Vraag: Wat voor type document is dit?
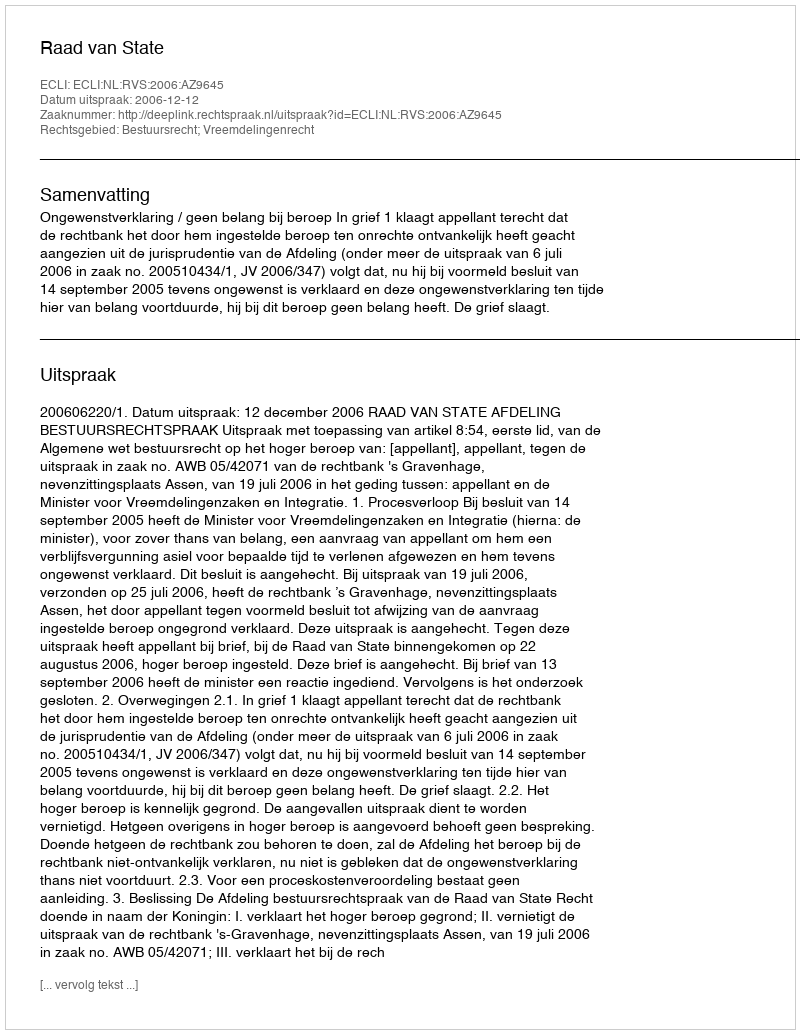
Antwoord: Uitspraak